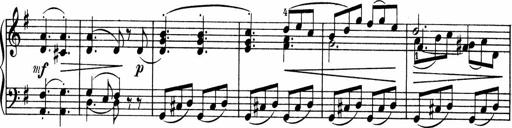
Title: 3 Sonatinen fÃ¼r Pianoforte
Composer: Fritz von Bose